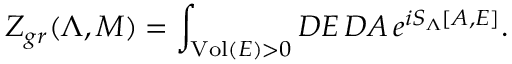
Z _ { g r } ( \Lambda , { \cal M } ) = \int _ { \mathrm { V o l } ( E ) > 0 } { \cal D } E \, { \cal D } A \, e ^ { i S _ { \Lambda } [ A , E ] } .